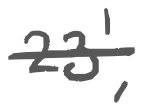
Text: 23',
Cross-out: mix
Writing tool: digital_gray